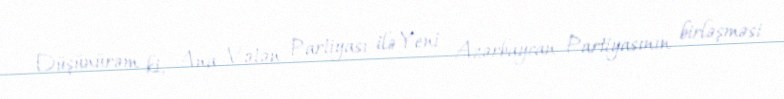
Düşünürəm ki, Ana Vətən Partiyası ilə Yeni Azərbaycan Partiyasının birləşməsi